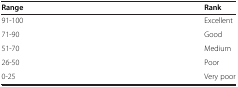
<table><thead><tr><td><b>Range</b></td><td><b>Rank</b></td></tr></thead><tbody><tr><td>91-100</td><td>Excellent</td></tr><tr><td>71-90</td><td>Good</td></tr><tr><td>51-70</td><td>Medium</td></tr><tr><td>26-50</td><td>Poor</td></tr><tr><td>0-25</td><td>Very poor</td></tr></tbody></table>